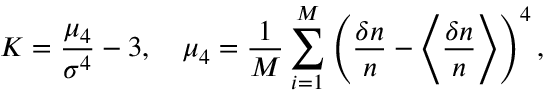
K = \frac { \mu _ { 4 } } { \sigma ^ { 4 } } - 3 , \quad \mu _ { 4 } = \frac { 1 } { M } \sum _ { i = 1 } ^ { M } \left( \frac { \delta n } { n } - \Biggl \langle \frac { \delta n } { n } \Biggr \rangle \right) ^ { 4 } ,